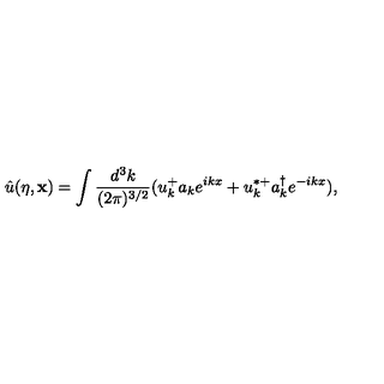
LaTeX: { \hat { u } } ( \eta , { \bf x } ) = \int \frac { d ^ { 3 } k } { ( 2 \pi ) ^ { 3 / 2 } } ( u _ { k } ^ { + } a _ { k } e ^ { i k x } + u _ { k } ^ { * + } a _ { k } ^ { \dagger } e ^ { - i k x } ) ,